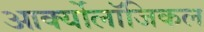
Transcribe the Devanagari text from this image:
आर्क्योलॉजिकल